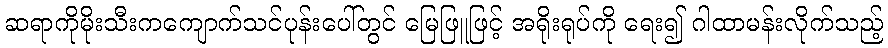
ဆရာကိုမိုးသီးကကျောက်သင်ပုန်းပေါ်တွင် မြေဖြူဖြင့် အရိုးရုပ်ကို ရေး၍ ဂါထာမန်းလိုက်သည့်